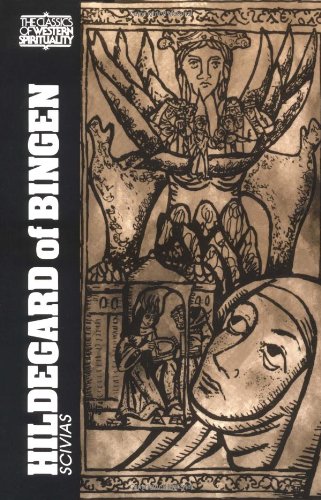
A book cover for Hildegard of Bingen: Scivias (Classics of Western Spirituality); Hildegard of Bingen; Christian Books & Bibles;